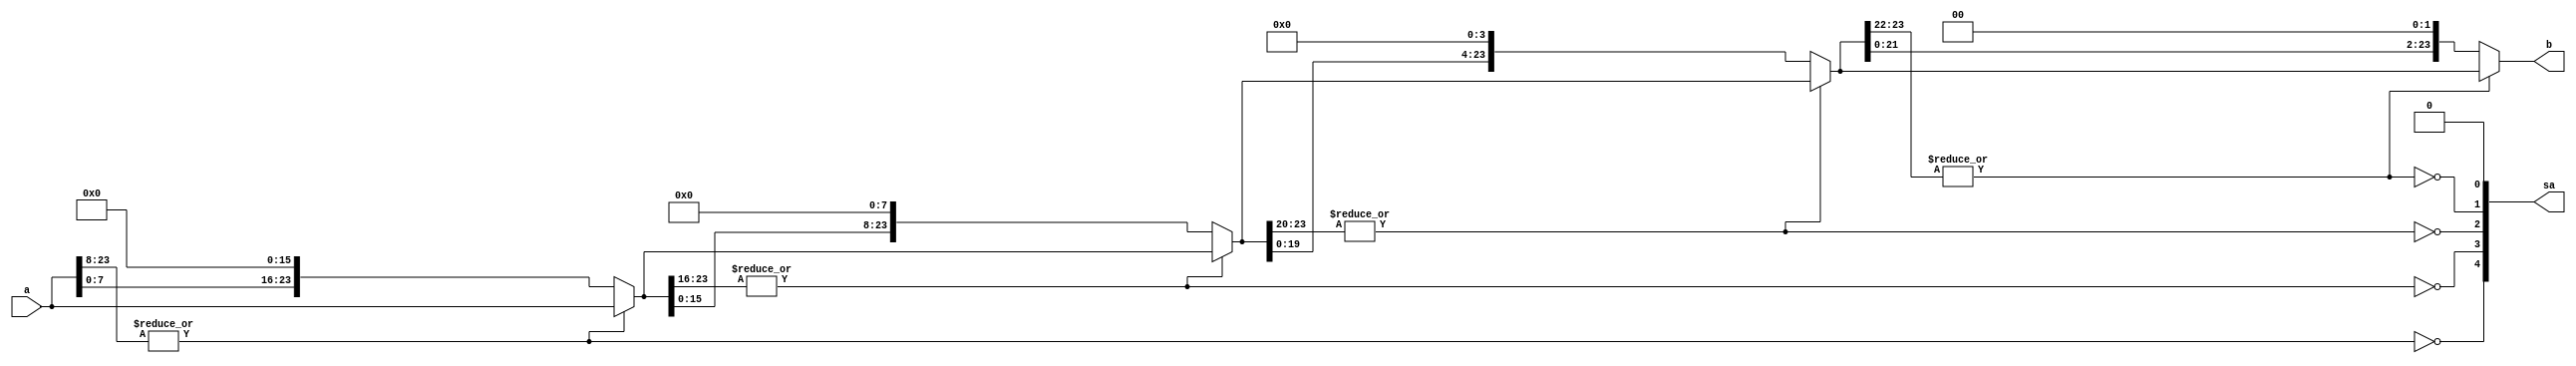
/************************************************
  The Verilog HDL code example is from the book
  Computer Principles and Design in Verilog HDL
  by Yamin Li, published by A JOHN WILEY & SONS
************************************************/
module shift_even_bits (a,b,sa);    // shift even bits until msb is 1x or 01
    input  [23:0] a;                // shift a = xxx...x by even bits
    output [23:0] b;                // to    b = 1xx...x or 01x...x
    output  [4:0] sa;               // shift amount, even number
    wire   [23:0] a5,a4,a3,a2,a1;
    assign a5 = a;
    assign sa[4]    = ~|a5[23:08];                               // 16-bit 0
    assign a4 = sa[4]? {a5[07:00],16'b0} : a5;
    assign sa[3]    = ~|a4[23:16];                               //  8-bit 0
    assign a3 = sa[3]? {a4[15:00], 8'b0} : a4;
    assign sa[2]    = ~|a3[23:20];                               //  4-bit 0
    assign a2 = sa[2]? {a3[19:00], 4'b0} : a3;
    assign sa[1]    = ~|a2[23:22];                               //  2-bit 0
    assign a1 = sa[1]? {a2[21:00], 2'b0} : a2;
    assign sa[0] = 0;
    assign b = a1;
endmodule